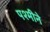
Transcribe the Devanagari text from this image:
पश्मीने